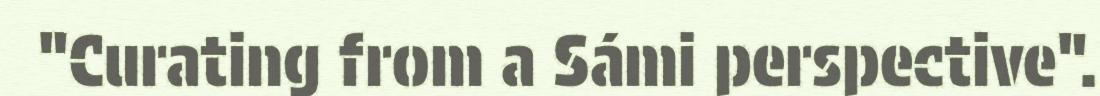
"Curating from a Sámi perspective".